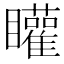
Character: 矔